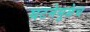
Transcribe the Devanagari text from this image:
घटनेमुळेच